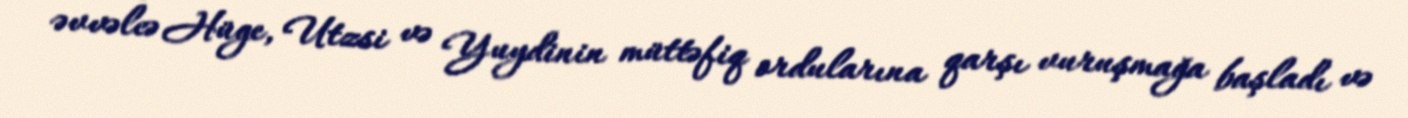
əvvəlcə Hüge, Utzsi və Yuydinin müttəfiq ordularına qarşı vuruşmağa başladı və